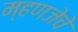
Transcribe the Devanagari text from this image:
म्हणजेचे